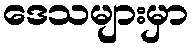
ဒေသများမှာ